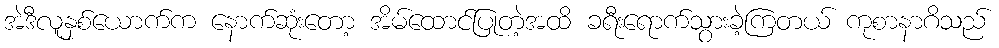
အဲဒီလူနှစ်ယောက်က နောက်ဆုံးတော့ အိမ်ထောင်ပြုတဲ့အထိ ခရီးရောက်သွားခဲ့ကြတယ် ကုစာနာဂိသည်